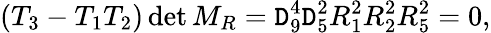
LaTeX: (T_{3}-T_{1}T_{2})\operatorname*{det}M_{R}=\mathtt{D}_{9}^{4}\mathtt{D}_{5}^{2}R_{1}^{2}R_{2}^{2}R_{5}^{2}=0,